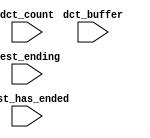
module nios_system_CPU_oci_test_bench (
                                        // inputs:
                                         dct_buffer,
                                         dct_count,
                                         test_ending,
                                         test_has_ended
                                      )
;

  input   [ 29: 0] dct_buffer;
  input   [  3: 0] dct_count;
  input            test_ending;
  input            test_has_ended;


endmodule